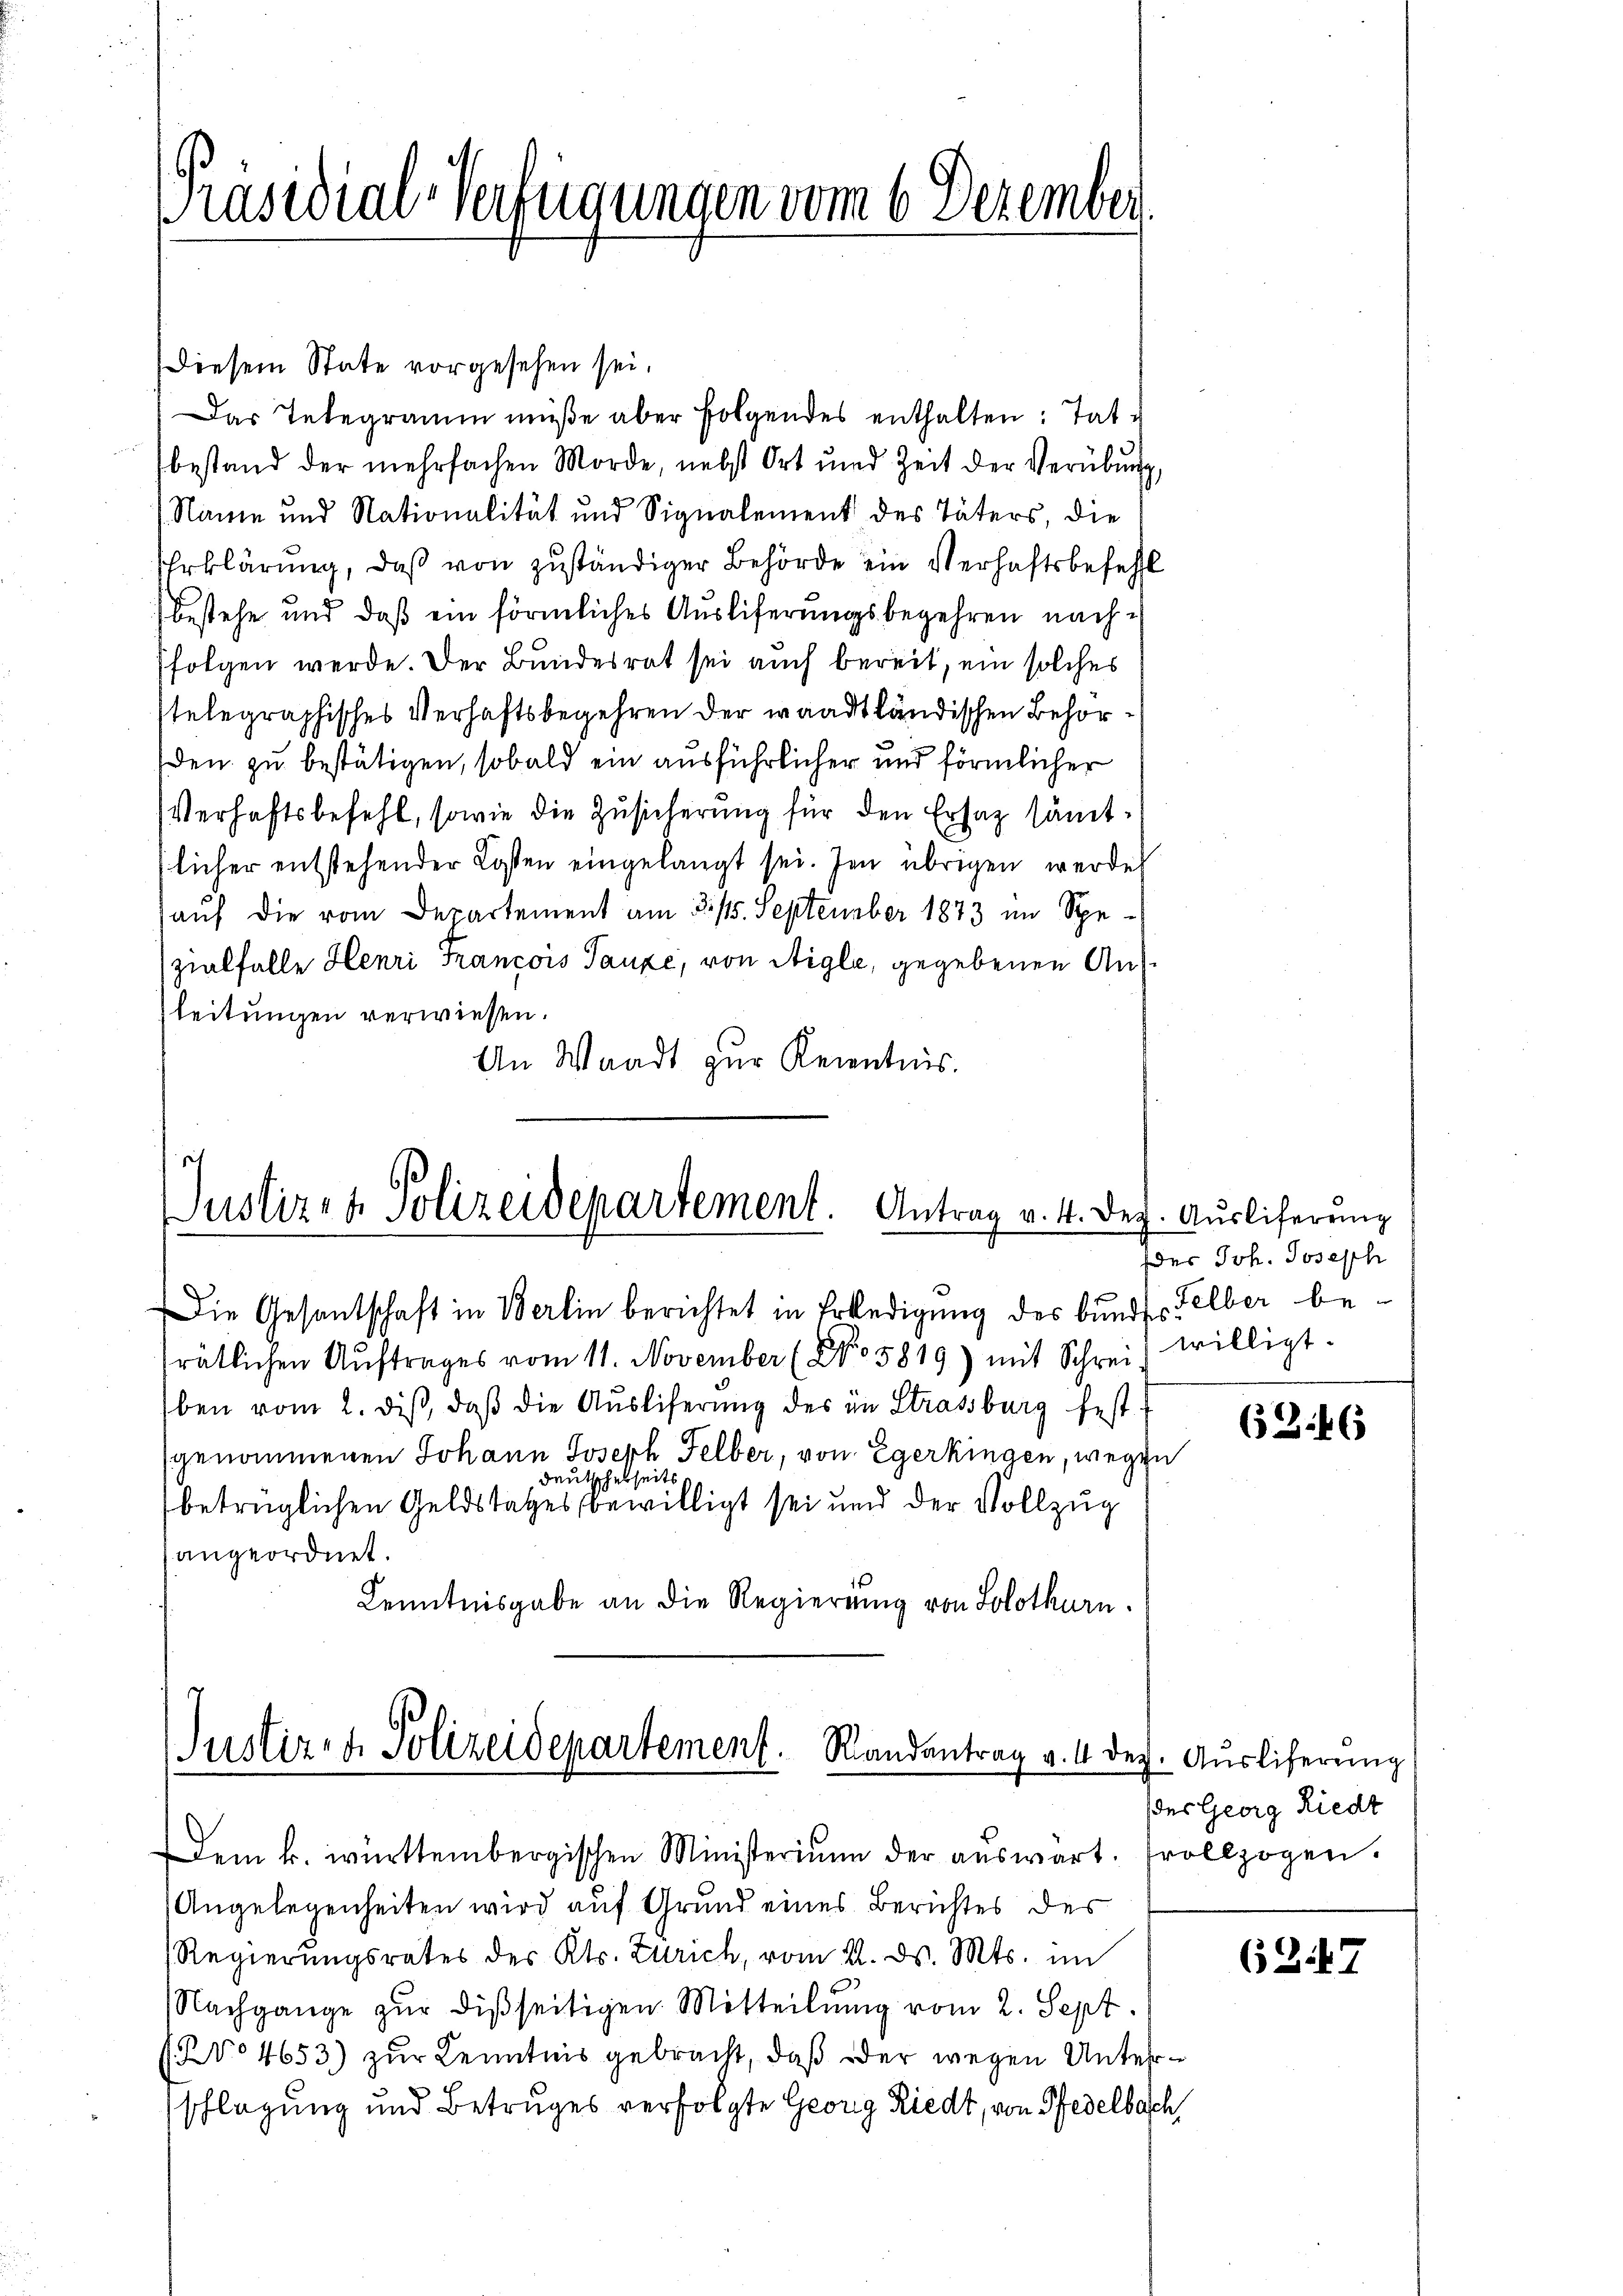
Präsidial-Verfügungen vom 6 Dezember,

Diesem State vorgesehen sei.
Das Telegramm müße aber folgendes enthalten: Tat g
bestand der mehrfachen Morde, nebst Ort und Zeit der Verübung,
Name und Nationalität und Signalement des Täters, die
Erklärung, daß von zuständiger Behörde ein Verhaftsbefehl
bestehe und daß ein förmliches Auslieferungsbegehren nach
folgen werde. Der Bundesrat sei auch bereit, ein solches
stelegraphisches Verhaftsbegehren der waadtländischen Behörden zu bestätigen, sobald ein ausführlicher und förmlicher
Verhaftsbefehl, sowie die Zusicherung für den Ersatz sämtlicher entstehender Kosten eingelangt sei. Im übrigen werde
auf die vom Departement am 31. September 1873 im Spezialfalle Henri Francois Tanze, von Aigle, gegebenen Ausleitungen verwiesen.
An Waadt zur Kenntnis.

Justiz- & Polizeidepartement. Antrag v. 4. Dez. Ausliferung

Die Gesantschaft in Berlin berichtet in Erledigung des bundes Felber berätlichen Aŭftrages vom 11. November (NNo. 5819) mit Schrei willigt.
ben vom 2. diß, daß die Ausliferung des in Strassburg festgenommenen Johann Joseph Felber, von Egerkingen, wegen
deutscherseitsbetrüglichen Geldstatzes bewilligt sei und der Vollzug
angeordnet.
Kenntnisgabe an die Regierung von Solothurn.

Justiz- & Polizeidepartement. Randantrag v. 4. dez. Ausliferung

Angelegenheiten wird auf Grund eines Berichtes des
Regierŭngsrates des Kts. Zürich, vom 22. ds. Mts. im
NNachgange zur disseitigen Mitteilung vom 2. Sept.
No 4653) zur Kenntnis gebracht, daß oder wegen Unterschlagung und Betruges verfolgte Georg Riedt, von Pfedelbach,

Dem k. württembergischen Ministerium der aŭswart. Frollzogen.

der Joh. Joseph

68.46

des Georg Riedt

(37